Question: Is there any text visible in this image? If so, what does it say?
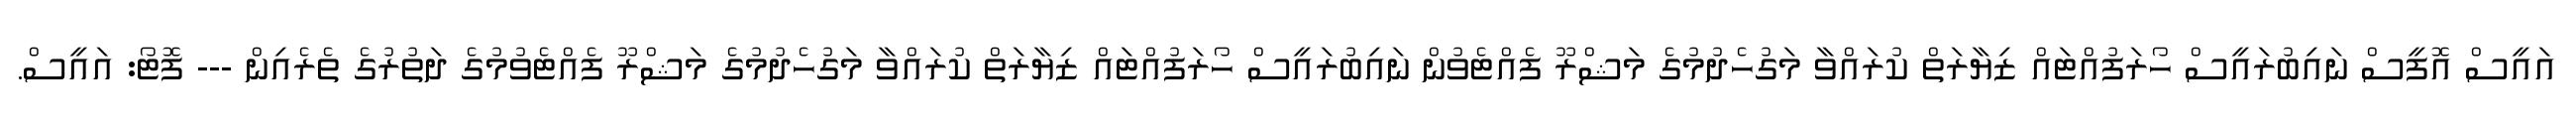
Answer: އައީސް އޮފީސް ނައިބުރައީސް ހޯރަފުއްޓައް ޒިޔާރަތް ކުރައްވާ މަގުހެދުމުގެ މަޝްރޫ ފެއްޓެވުން ނައިބުރައީސް ހޯރަފުއްޓައް ޒިޔާރަތް ކުރައްވާ މަގުހެދުމުގެ މަޝްރޫ ފެއްޓެވުމުގެ ދަތުރުގެ ތެރެއިން --- ފޮޓޯ: އައީސް.